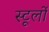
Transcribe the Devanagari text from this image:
स्टूलों